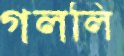
গললি